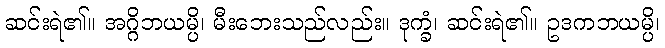
ဆင်းရဲ၏။ အဂ္ဂိဘယမ္ပိ၊ မီးဘေးသည်လည်း။ ဒုက္ခံ၊ ဆင်းရဲ၏။ ဥဒကဘယမ္ပိ၊